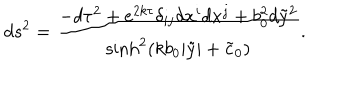
d s ^ { 2 } = \frac { - d \tau ^ { 2 } + e ^ { 2 k \tau } \delta _ { i j } d x ^ { i } d x ^ { j } + b _ { 0 } ^ { 2 } d { \tilde { y } } ^ { 2 } } { \sinh ^ { 2 } ( k b _ { 0 } | \tilde { y } | + \tilde { c } _ { 0 } ) } .